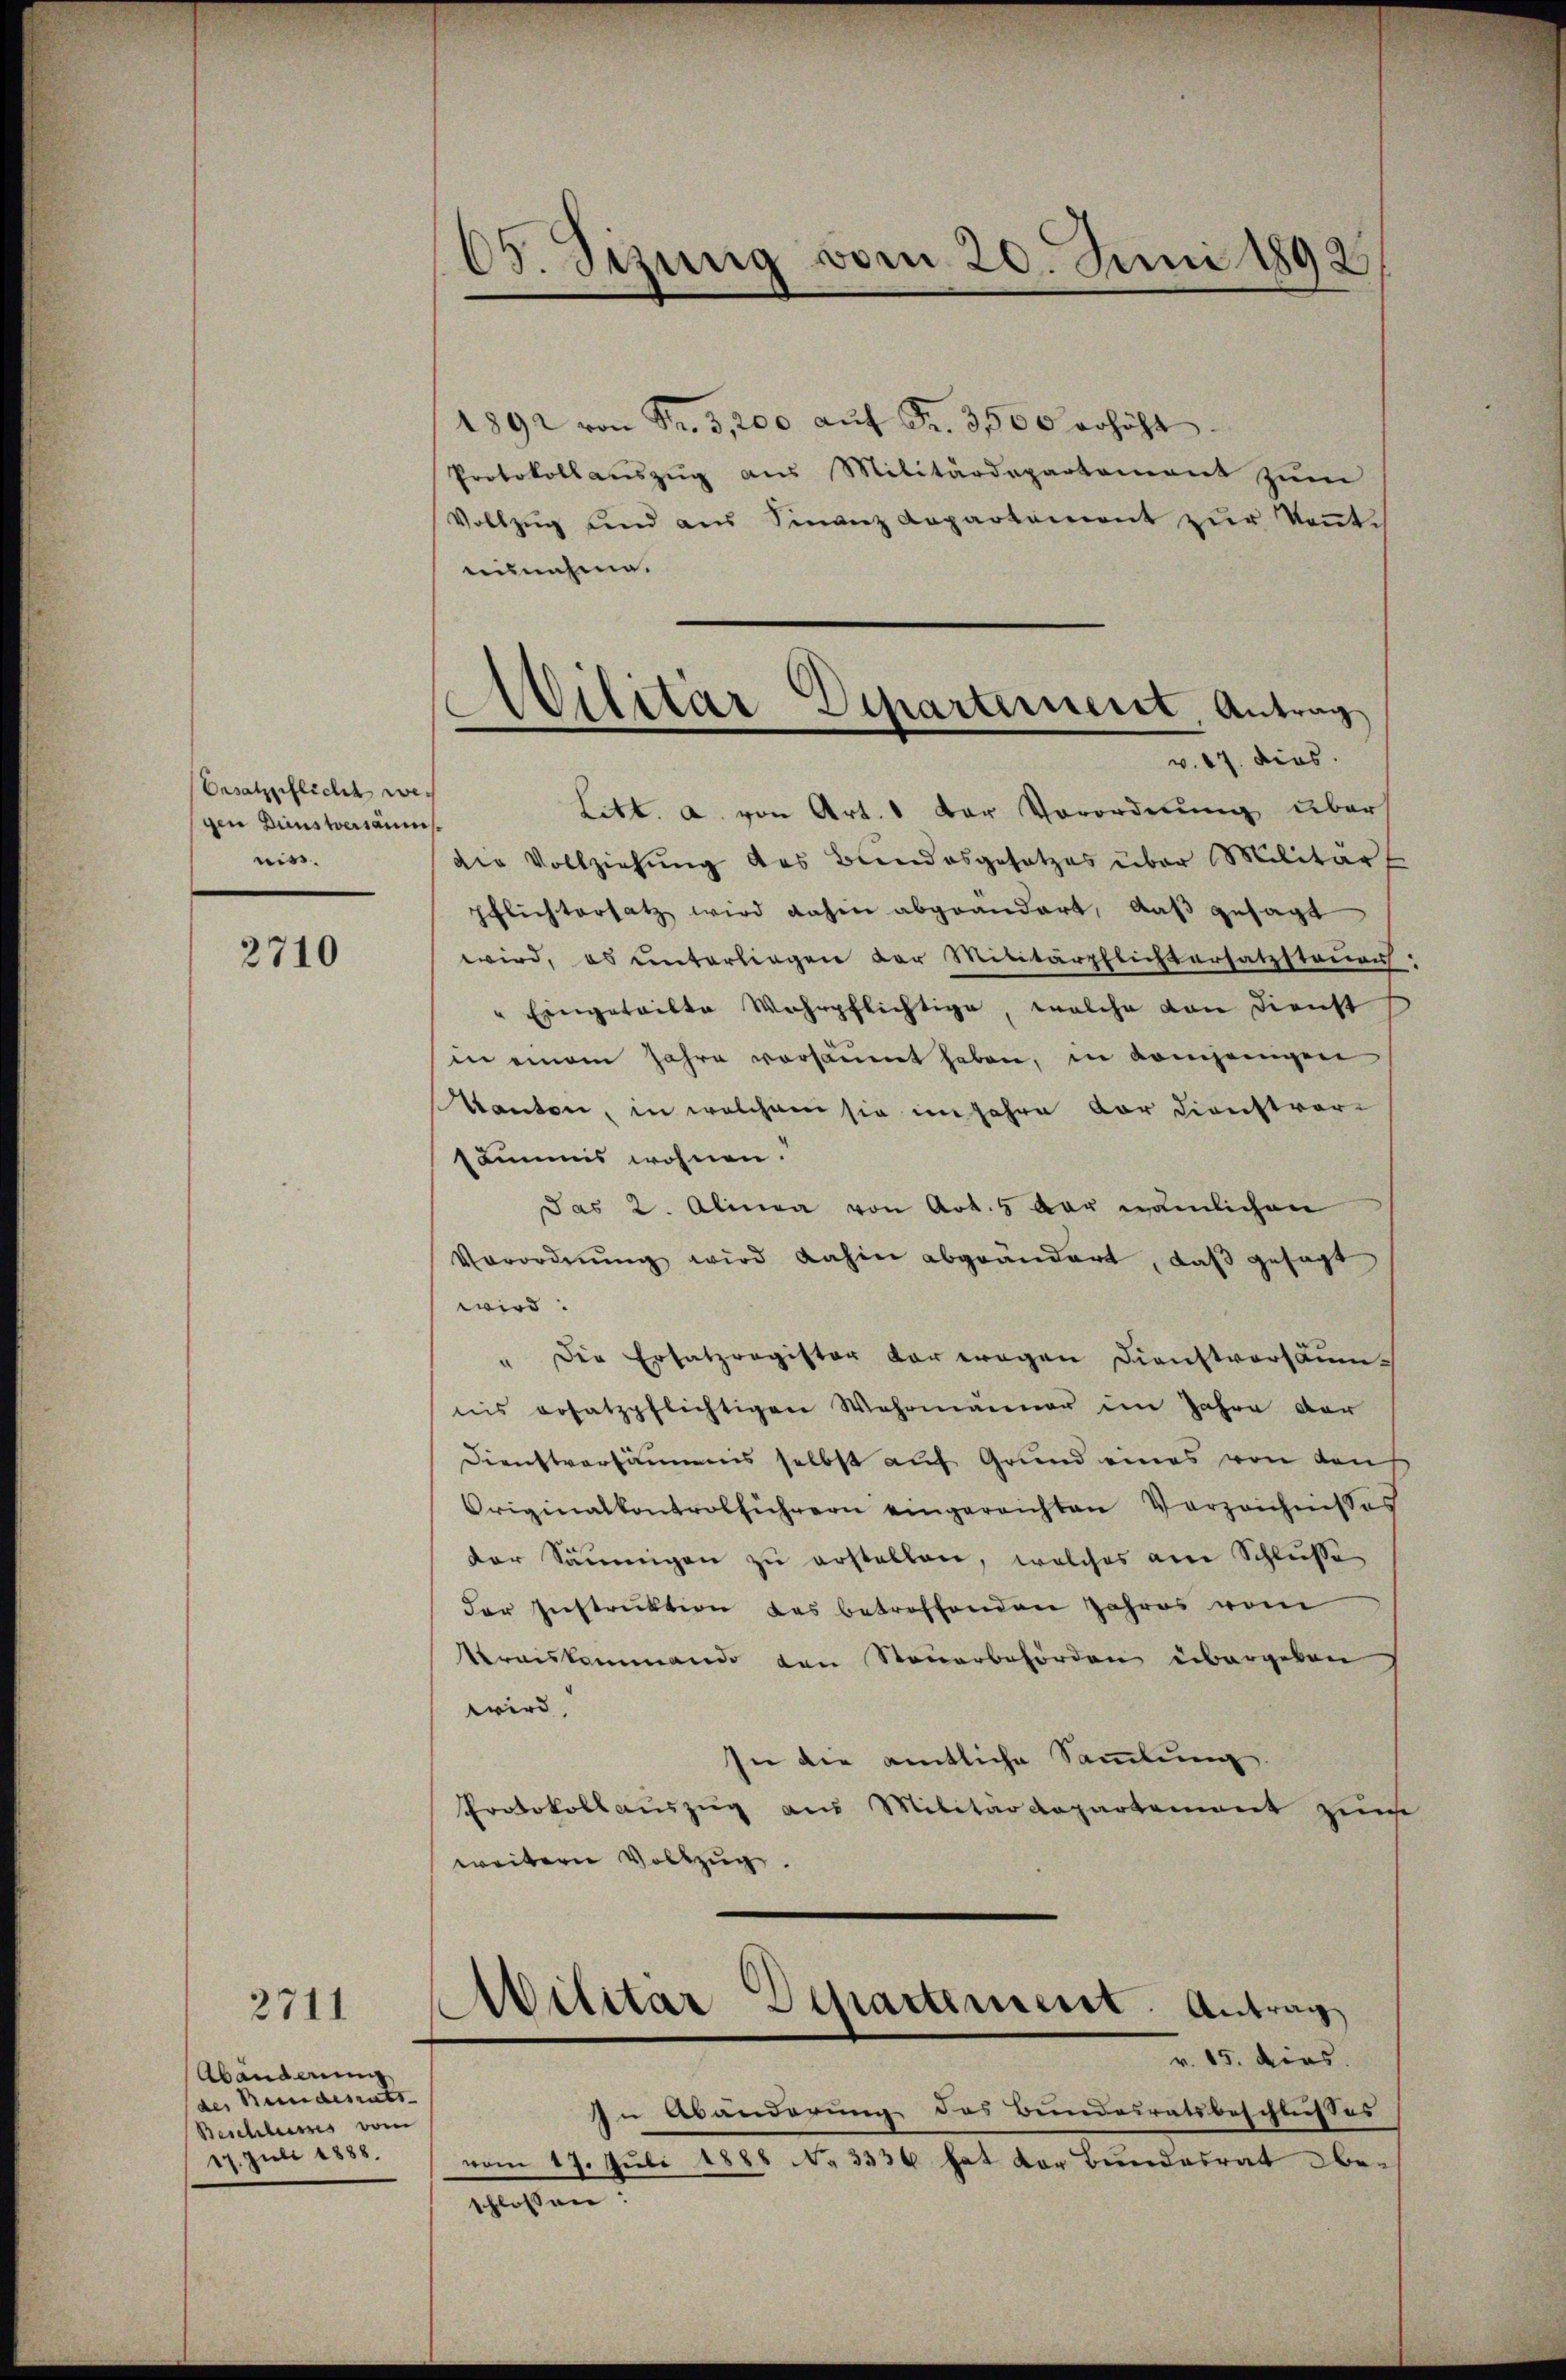
Ersatzpflicht wer
gen Dunstversäumsriss.

2710

2711

Abänderung
des Beindesrats- |
Beschlusses vom
17. Juli 1888.

65. Sizung vom 20. Juni 1892

Militär Departement, Antrag

Abilitar Departement. Antrag

1892 von Fr. 3,200 aŭf Fr. 3500 erhöht
Protokoll aŭszŭg aŭs Militärdepartement zŭm
Vollzŭg und aus Finanz Repartement zŭr Keṅte
aisnahme.
v. 17. dies
Litt. a. von Art. 1 der Vorordnung über
die Vollziehŭng des Bundesgesetzes über Militär
pflichtersatz wird dahin abgeändert, daβ gesagt
wird, es unterliegen der Militärpflichtersatzstauer
" Eingeteilte Wahrpflichtige, welche von Dienst
in einem Jahre versäumt haben, in Komjenigen
Kanton, in welchem sie im Jahre vor Dienstvor-
sämmis wohnen.
das 2. Alinea von Art. 5 der nämlichen
Verordnŭng wird dahin abgeändert, daβ gesagt
wird:
" Die Ersatzragister der wegen Dienstvorsäumnis ersatzpflichtigen Wahrmänner im Jahre der
Dienstversamens selbst auf Grund eines von den
Originalkontrolführern eingereichten Verzeichnisses
der Säumigen zŭ erstellen, welches am Schlusse
der Instruktion des betreffenden Jahres vom
Kreiskommando den Steuerbehörden übergeben
wird,
In die amtliche Sammlung.
Protokollauszug aus Militärdepartement zum
weitern Vollzug.
v. 15. dies
In Abänderung des Bundesratsbeschlusses
vom 17. Juli 1888 No 3336 hat der Bundesrat be-